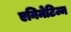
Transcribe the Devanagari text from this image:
एनिमेटिज्म